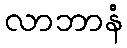
လာဘာနံ